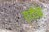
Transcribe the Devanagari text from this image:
एटीके